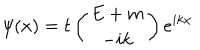
\psi ( x ) = t \left( \begin{array} { c } { { E + m } } \\ { { - i k } } \\ \end{array} \right) e ^ { i k x }